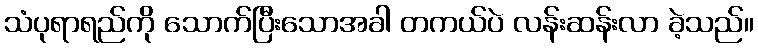
သံပုရာရည်ကို သောက်ပြီးသောအခါ တကယ်ပဲ လန်းဆန်းလာ ခဲ့သည်။